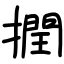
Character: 撋